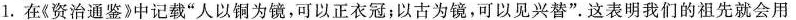
1.在《资治通鉴》中记载”人以铜为镜，可以正衣冠；以古为镜，可以见兴替”。这表明我们的祖先就会用